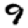
Digit: 9